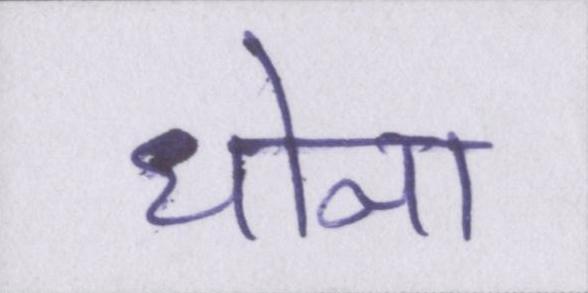
धोना